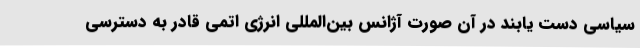
سیاسی دست یابند در آن صورت آژانس بین‌المللی انرژی اتمی قادر به دسترسی